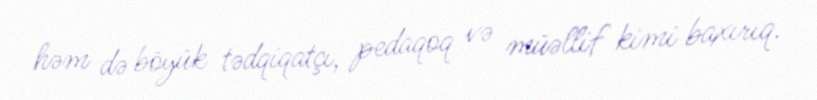
həm də böyük tədqiqatçı, pedaqoq və müəllif kimi baxırıq.